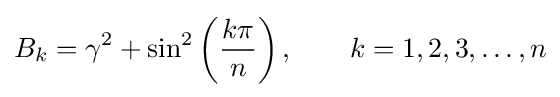
B_{k}=\gamma ^{2}+\sin ^{2}\left({\frac {k\pi }{n}}\right),\qquad k=1,2,3,\dots ,n